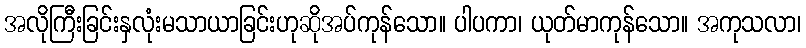
အလိုကြီးခြင်းနှလုံးမသာယာခြင်းဟုဆိုအပ်ကုန်သော။ ပါပကာ၊ ယုတ်မာကုန်သော။ အကုသလာ၊